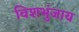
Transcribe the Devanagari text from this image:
विशभुंजाय